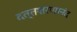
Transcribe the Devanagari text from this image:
दत्तशरणानंद